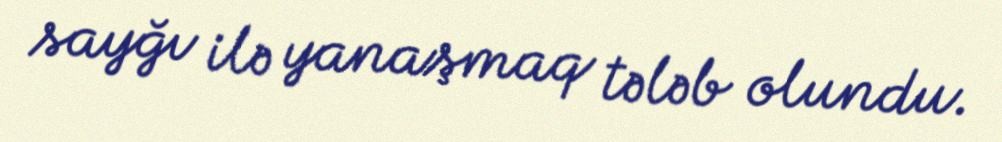
sayğı ilə yanaşmaq tələb olundu.